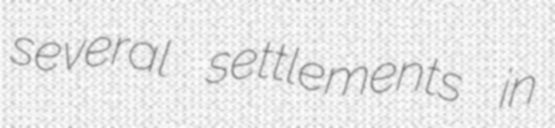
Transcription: several settlements in